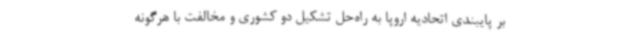
بر پایبندی اتحادیه اروپا به راه‌حل تشکیل دو کشوری و مخالفت با هرگونه